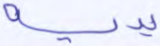
يديه